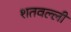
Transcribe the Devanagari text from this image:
शतवल्ली